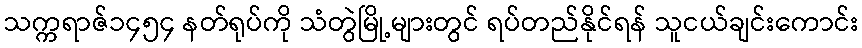
သက္ကရာဇ်၁၄၅၄ နတ်ရုပ်ကို သံတွဲမြို့များတွင် ရပ်တည်နိုင်ရန် သူငယ်ချင်းကောင်း